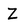
Character: z